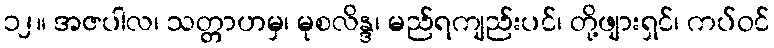
၁၂။ အဇပါလ၊ သတ္တာဟမှ၊ မုစလိန္ဒ၊ မည်ရကျည်းပင်၊ တို့ဖျားရှင်၊ ကပ်ဝင်